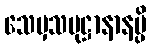
သေမှသမုဋ္ဌာနာနမ္ပိ